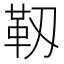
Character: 靱